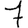
Digit: 7